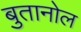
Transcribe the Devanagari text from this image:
बुतानोल